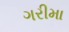
ગરીમા